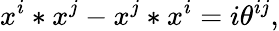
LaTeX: x^{i}*x^{j}-x^{j}*x^{i}=i\theta^{ij},